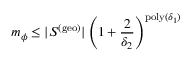
m _ { \phi } \leq | S ^ { \mathrm { ( g e o ) } } | \left( 1 + \frac { 2 } { \delta _ { 2 } } \right) ^ { \mathrm { p o l y } ( \delta _ { 1 } ) }